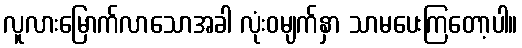
လူလားမြောက်လာသောအခါ လုံးဝမျက်နှာ သာမပေးကြတော့ပါ။